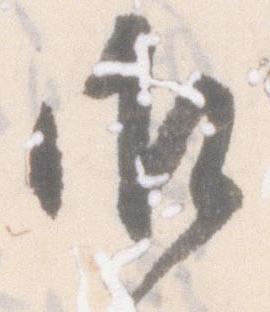
御